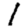
Digit: 1